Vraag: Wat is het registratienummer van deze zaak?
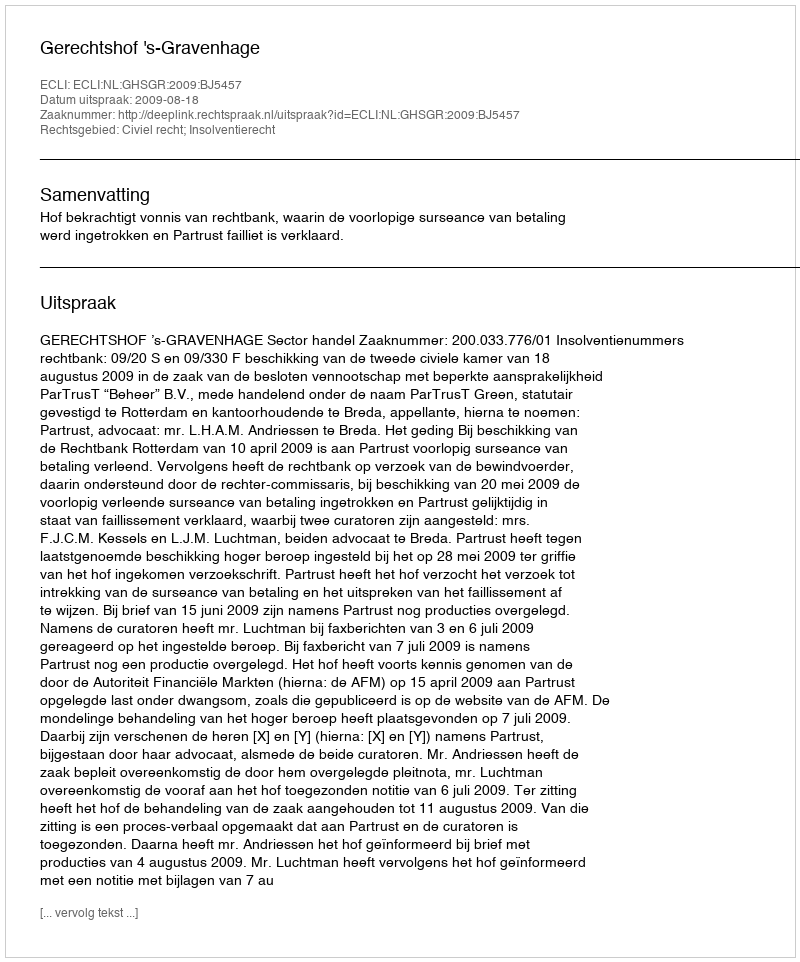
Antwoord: http://deeplink.rechtspraak.nl/uitspraak?id=ECLI:NL:GHSGR:2009:BJ5457